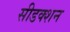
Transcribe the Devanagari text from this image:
सीडक्शन